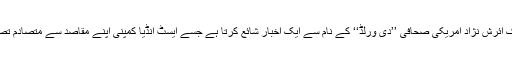
ولیم ڈوآنے ایک آئرش نژاد امریکی صحافی ’’دی ورلڈ‘‘ کے نام سے ایک اخبار شائع کرتا ہے جسے ایسٹ انڈیا کمپنی اپنے مقاصد سے متصادم تصور کرتی ہے۔